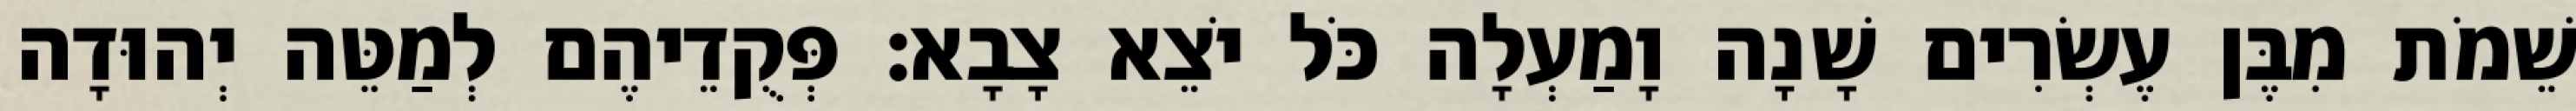
שֵׁמֹת מִבֶּן עֶשְׂרִים שָׁנָה וָמַעְלָה כֹּל יֹצֵא צָבָא׃ פְּקֻדֵיהֶם לְמַטֵּה יְהוּדָה